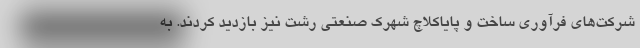
شرکت‌های فرآوری ساخت و پایاکلاچ شهرک صنعتی رشت نیز بازدید کردند. به